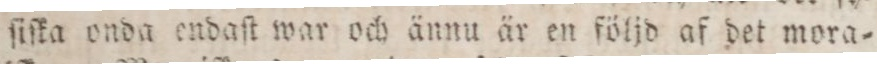
ſiſka onda endaſt war och ännu är en följd af det mora=